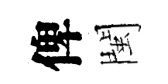
俾閩